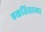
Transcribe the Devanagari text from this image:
एकतिसाव्या